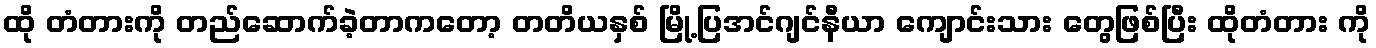
ထို တံတားကို တည်ဆောက်ခဲ့တာကတော့ တတိယနှစ် မြို့ပြအင်ဂျင်နီယာ ကျောင်းသား တွေဖြစ်ပြီး ထိုတံတား ကို